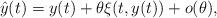
LaTeX: \begin{align*}\hat{y}(t)=y(t)+\theta\xi(t,y(t))+o(\theta),\end{align*}